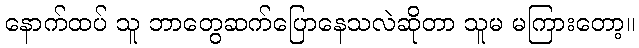
နောက်ထပ် သူ ဘာတွေဆက်ပြောနေသလဲဆိုတာ သူမ မကြားတော့။